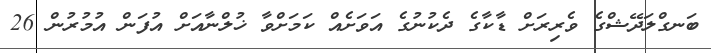
ބަނގްލަދޭޝްގެ ވެރިރަށް ޑާކާގެ ދެކުނުގެ އަވަށެއް ކަމަށްވާ ޚުލްނާއަށް އުފަން އުމުރުން 26